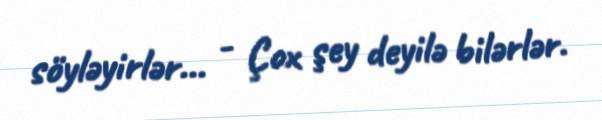
söyləyirlər... - Çox şey deyilə bilərlər.